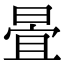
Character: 𣈍